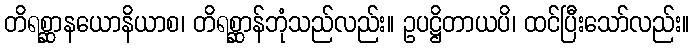
တိရစ္ဆာနယောနိယာစ၊ တိရစ္ဆာန်ဘုံသည်လည်း။ ဥပဋ္ဌိတာယပိ၊ ထင်ပြီးသော်လည်း။